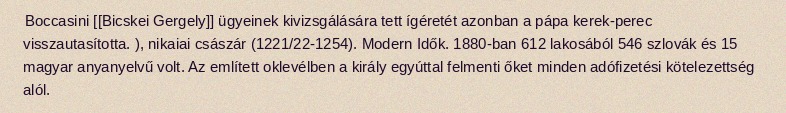
Boccasini [[Bicskei Gergely]] ügyeinek kivizsgálására tett ígéretét azonban a pápa kerek-perec visszautasította. ), nikaiai császár (1221/22-1254). Modern Idők. 1880-ban 612 lakosából 546 szlovák és 15 magyar anyanyelvű volt. Az említett oklevélben a király egyúttal felmenti őket minden adófizetési kötelezettség alól.